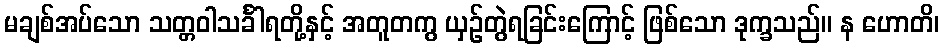
မချစ်အပ်သော သတ္တဝါသင်္ခါရတို့နှင့် အတူတကွ ယှဉ်တွဲရခြင်းကြောင့် ဖြစ်သော ဒုက္ခသည်။ န ဟောတိ၊